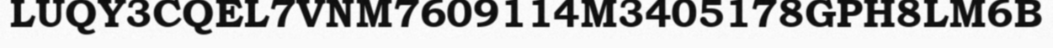
LUQY3CQEL7VNM7609114M3405178GPH8LM6B